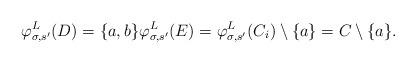
LaTeX: \begin{align*}\varphi^L_{\sigma, s'}(D) = \{a, b\} \varphi^L_{\sigma, s'}(E) = \varphi^L_{\sigma, s'}(C_i) \setminus \{a\} = C \setminus \{a\}.\end{align*}